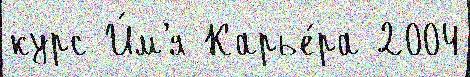
курс И́м'я Карье́ра 2004